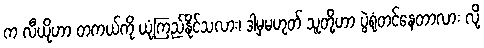
က လီယိုဟာ တကယ်ကို ယုံကြည်နိုင်သလား၊ ဒါမှမဟုတ် သူတို့ဟာ ပွဲရုံတင်နေတာလား လို့